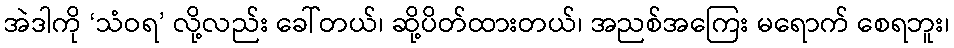
အဲဒါကို ‘သံဝရ’ လို့လည်း ခေါ်တယ်၊ ဆို့ပိတ်ထားတယ်၊ အညစ်အကြေး မရောက် စေရဘူး၊